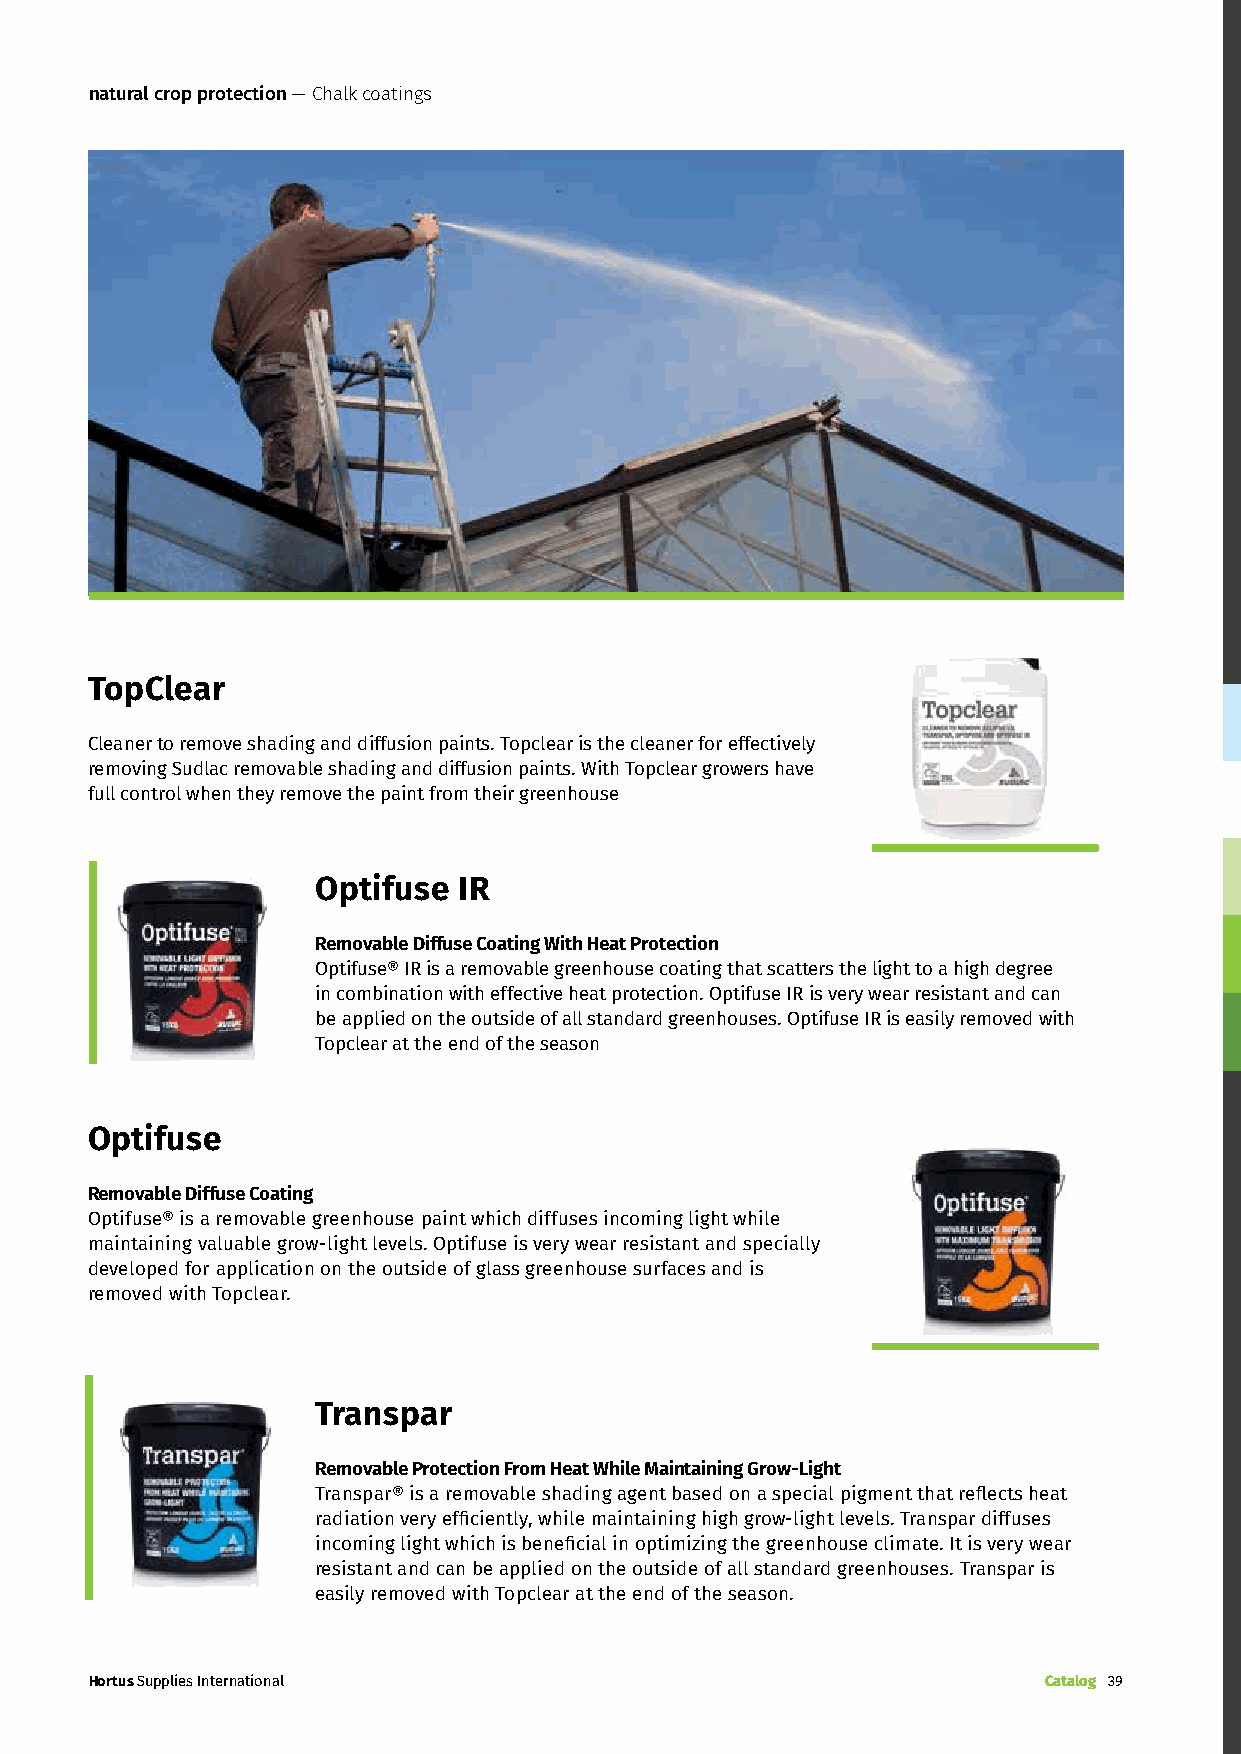
natural crop protection — Chalk coatings
 TopClear
 Cleaner to remove shading and diffusion paints. Topclear is the cleaner for effectively
 removing Sudlac removable shading and diffusion paints. With Topclear growers have
 full control when they remove the paint from their greenhouse
 Optifuse IR
 Removable Diffuse Coating With Heat Protection
 Optifuse® IR is a removable greenhouse coating that scatters the light to a high degree
 in combination with effective heat protection. Optifuse IR is very wear resistant and can
 be applied on the outside of all standard greenhouses. Optifuse IR is easily removed with
 Topclear at the end of the season
 Optifuse
 Removable Diffuse Coating
 Optifuse® is a removable greenhouse paint which diffuses incoming light while
 maintaining valuable grow-light levels. Optifuse is very wear resistant and specially
 developed for application on the outside of glass greenhouse surfaces and is
 removed with Topclear.
 Transpar
 Removable Protection From Heat While Maintaining Grow-Light
 Transpar® is a removable shading agent based on a special pigment that reflects heat
 radiation very efficiently, while maintaining high grow-light levels. Transpar diffuses
 incoming light which is beneficial in optimizing the greenhouse climate. It is very wear
 resistant and can be applied on the outside of all standard greenhouses. Transpar is
 easily removed with Topclear at the end of the season.
 Hortus Supplies International                                  Catalog 39